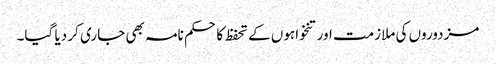
مزدوروں کی ملازمت اور تنخواہوں کے تحفظ کا حکم نامہ بھی جاری کر دیا گیا۔